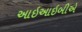
આઇઆઇબીએ